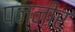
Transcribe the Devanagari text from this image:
पन्नीर